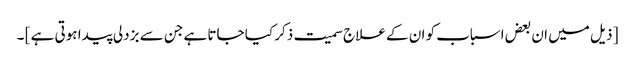
[ ذیل میں ان بعض اسباب کو ان کے علاج سمیت ذکر کیا جاتا ہے جن سے بزدلی پیدا ہوتی ہے ] ۔